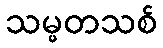
သမ္မတသစ်